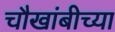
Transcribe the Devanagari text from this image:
चौखांबीच्या